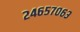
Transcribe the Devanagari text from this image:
२४६५७०६३